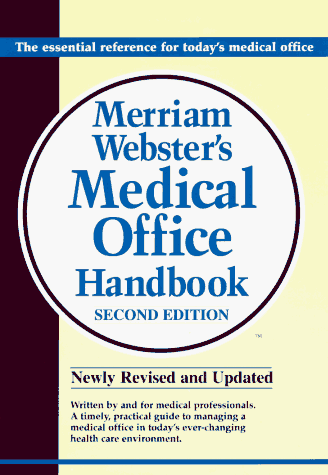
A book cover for Merriam-Webster Medical Office Handbook, 2E; Cengage Learning Delmar; Medical Books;